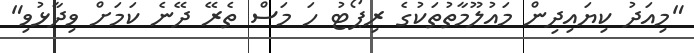
"މިއަދު ކިޔައިދިން މައުލޫމާތުތަކުގެ ރިޕޯޓު ހަ މަސް ތެރޭ ދޭނެ ކަމަށް ވިދާޅުވި"